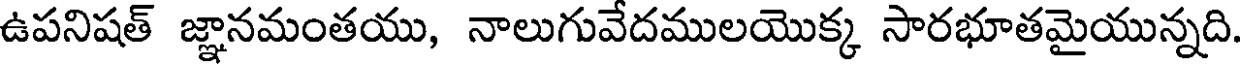
ఉపనిషత్ జ్ఞానమంతయు, నాలుగువేదములయొక్క సారభూతమైయున్నది